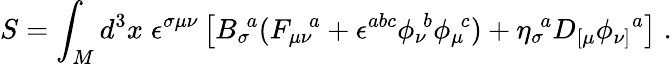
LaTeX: S=\int_{M}d^{3}x\; \epsilon^{\sigma\mu\nu}\left[{B_{\sigma}}\! ^{a}({F_{\mu\nu}}\! ^{a}+\epsilon^{abc}{\phi_{\nu}}\! ^{b}{\phi_{\mu}}\! ^{c})+{\eta_{\sigma}}\! ^{a}D_{[\mu}{\phi_{\nu]}}^{a}\right]\; .